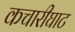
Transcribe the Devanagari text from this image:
कचारीघाट